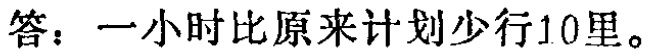
答：一小时比原来计划少行10里。